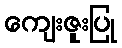
ကျေးဇူးပြု